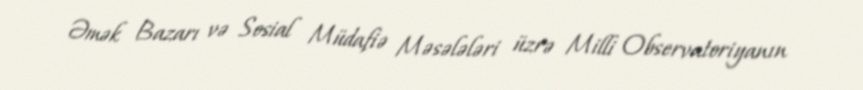
Əmək Bazarı və Sosial Müdafiə Məsələləri üzrə Milli Observatoriyanın